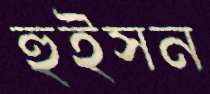
হুইসন